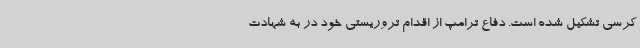
کرسی تشکیل شده است. دفاع ترامپ از اقدام تروریستی خود در به شهادت